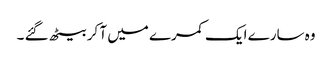
وہ سارے ایک کمرے میں آ کر بیٹھ گئے ۔